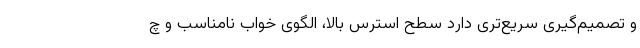
و تصمیم‌گیری سریع‌تری دارد سطح استرس بالا، الگوی خواب نامناسب و چ